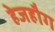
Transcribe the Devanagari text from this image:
हेजहौग